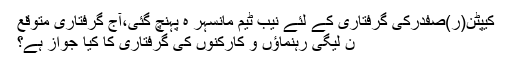
کیپٹن(ر)صفدرکی گرفتاری کے لئے نیب ٹیم مانسہر ہ پہنچ گئی،آج گرفتاری متوقع
ن لیگی رہنماؤں و کارکنوں کی گرفتاری کا کیا جواز ہے؟